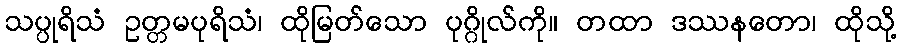
သပ္ပုရိသံ ဥတ္တမပုရိသံ၊ ထိုမြတ်သော ပုဂ္ဂိုလ်ကို။ တထာ ဒဿနတော၊ ထိုသို့